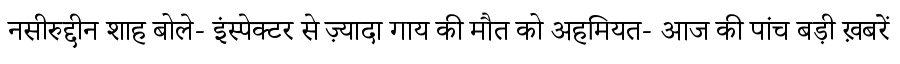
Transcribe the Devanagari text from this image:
नसीरुद्दीन शाह बोले- इंस्पेक्टर से ज़्यादा गाय की मौत को अहमियत- आज की पांच बड़ी ख़बरें